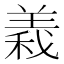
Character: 𮊫